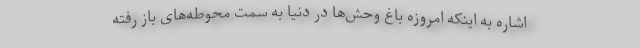
اشاره به اینکه امروزه باغ وحش‌ها در دنیا به سمت محوطه‌های باز رفته